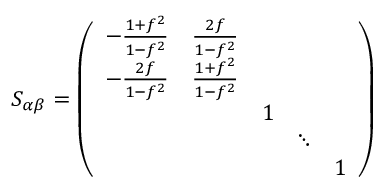
S _ { \alpha \beta } = \left( \begin{array} { c c c c c } { { - \frac { 1 + f ^ { 2 } } { 1 - f ^ { 2 } } } } & { { \frac { 2 f } { 1 - f ^ { 2 } } } } & { { } } & { { } } & { { } } \\ { { - \frac { 2 f } { 1 - f ^ { 2 } } } } & { { \frac { 1 + f ^ { 2 } } { 1 - f ^ { 2 } } } } & { { } } & { { } } & { { } } \\ { { } } & { { } } & { { 1 } } & { { } } & { { } } \\ { { } } & { { } } & { { } } & { { \ddots } } & { { } } \\ { { } } & { { } } & { { } } & { { } } & { { 1 } } \end{array} \right)